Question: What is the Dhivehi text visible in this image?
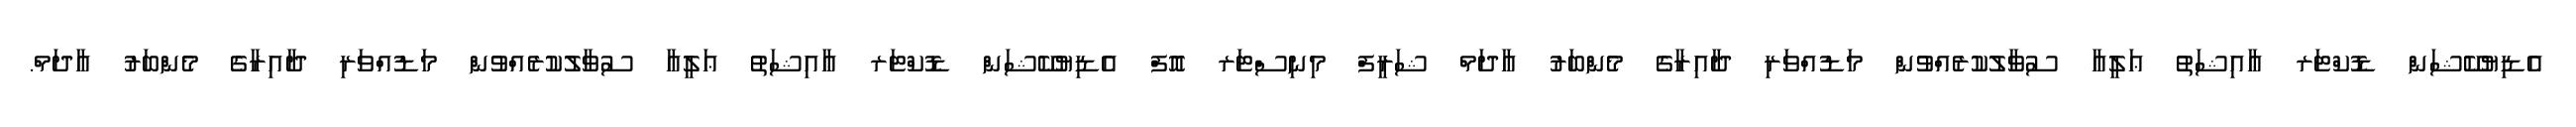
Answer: އެޑިޔުކޭޝަން ޑޮކްޓަރ ޢާއިޝަތު ޢަލީއާ ސުވާލުކުރެއްވުން މަޑުއްވަރި ދާއިރާގެ މެންބަރު އާދަމް ޝަރީފް މިނިސްޓަރ އޮފް އެޑިޔުކޭޝަން ޑޮކްޓަރ ޢާއިޝަތު ޢަލީއާ ސުވާލުކުރެއްވުން މަޑުއްވަރި ދާއިރާގެ މެންބަރު އާދަމް.